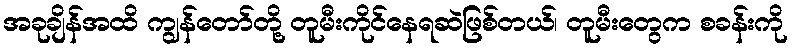
အခုချိန်အထိ ကျွန်တော်တို့ တူမီးကိုင်နေရဆဲဖြစ်တယ်၊ တူမီးတွေက စခန်းကို